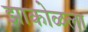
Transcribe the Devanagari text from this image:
झाकोळला